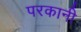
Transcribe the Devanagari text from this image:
परकानी